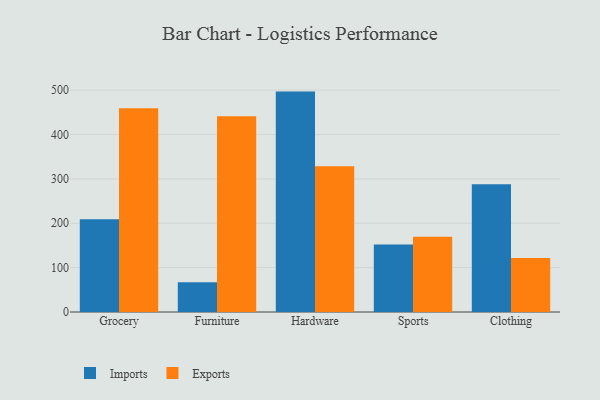
{"axis": {"x": "Category", "y": "Net Income (USD K)"}, "legend": ["Exports", "Imports"], "data": [{"x": "Grocery", "y": 208.8, "type": "Imports"}, {"x": "Grocery", "y": 459.4, "type": "Exports"}, {"x": "Furniture", "y": 66.9, "type": "Imports"}, {"x": "Furniture", "y": 441.2, "type": "Exports"}, {"x": "Hardware", "y": 496.8, "type": "Imports"}, {"x": "Hardware", "y": 328.6, "type": "Exports"}, {"x": "Sports", "y": 152.3, "type": "Imports"}, {"x": "Sports", "y": 169.8, "type": "Exports"}, {"x": "Clothing", "y": 287.8, "type": "Imports"}, {"x": "Clothing", "y": 122.0, "type": "Exports"}]}